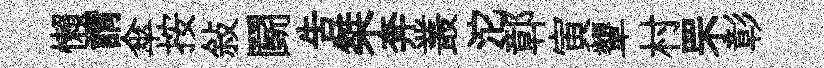
懶謂傘按敍鬬吿桀奔叢沱鄣寅顰村罘彰